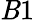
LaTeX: \mathit{B}1